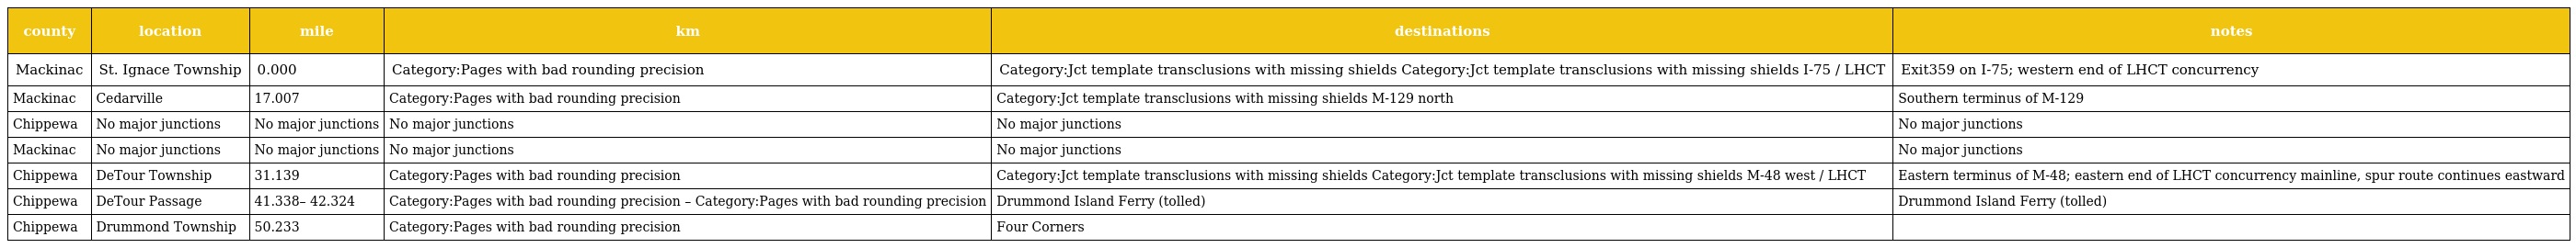
| county | location | mile | km | destinations | notes |
 | --- | --- | --- | --- | --- | --- |
 | Mackinac | St. Ignace Township | 0.000 | Category:Pages with bad rounding precision | Category:Jct template transclusions with missing shields Category:Jct template transclusions with missing shields I-75 / LHCT | Exit359 on I-75; western end of LHCT concurrency |
 | Mackinac | Cedarville | 17.007 | Category:Pages with bad rounding precision | Category:Jct template transclusions with missing shields M-129 north | Southern terminus of M-129 |
 | Chippewa | No major junctions | No major junctions | No major junctions | No major junctions | No major junctions |
 | Mackinac | No major junctions | No major junctions | No major junctions | No major junctions | No major junctions |
 | Chippewa | DeTour Township | 31.139 | Category:Pages with bad rounding precision | Category:Jct template transclusions with missing shields Category:Jct template transclusions with missing shields M-48 west / LHCT | Eastern terminus of M-48; eastern end of LHCT concurrency mainline, spur route continues eastward |
 | Chippewa | DeTour Passage | 41.338– 42.324 | Category:Pages with bad rounding precision – Category:Pages with bad rounding precision | Drummond Island Ferry (tolled) | Drummond Island Ferry (tolled) |
 | Chippewa | Drummond Township | 50.233 | Category:Pages with bad rounding precision | Four Corners |  |